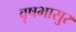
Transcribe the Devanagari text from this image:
वृषभासुर